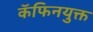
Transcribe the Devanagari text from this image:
कॅफिनयुक्त